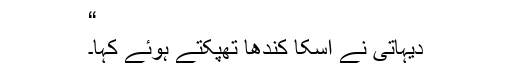
“
دیہاتی نے اسکا کندھا تھپکتے ہوئے کہا۔